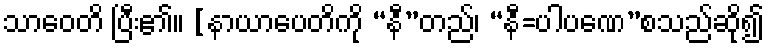
သာဝေတိ ပြီး၏။ [နာယာပေတိကို “နီ”တည်၊ “နီ=ပါပဏေ”စသည်ဆို၍